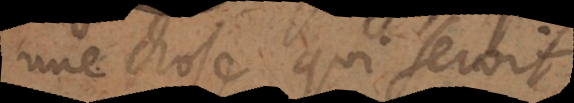
une chose qui s